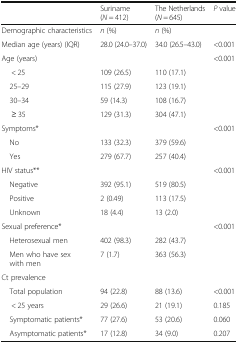
<table><thead><tr><td></td><td><b>Suriname (<i>N</i> = 412)</b></td><td><b>The Netherlands (<i>N</i> = 645)</b></td><td><b><i>P</i> value</b></td></tr></thead><tbody><tr><td>Demographic characteristics</td><td><i>n</i> (%)</td><td><i>n</i> (%)</td><td></td></tr><tr><td>Median age (years) (IQR)</td><td>28.0 (24.0–37.0)</td><td>34.0 (26.5–43.0)</td><td>&lt;0.001</td></tr><tr><td>Age (years)</td><td></td><td></td><td>&lt;0.001</td></tr><tr><td>&lt; 25</td><td>109 (26.5)</td><td>110 (17.1)</td><td></td></tr><tr><td> 25–29</td><td>115 (27.9)</td><td>123 (19.1)</td><td></td></tr><tr><td> 30–34</td><td>59 (14.3)</td><td>108 (16.7)</td><td></td></tr><tr><td>≥ 35</td><td>129 (31.3)</td><td>304 (47.1)</td><td></td></tr><tr><td>Symptoms*</td><td></td><td></td><td>&lt;0.001</td></tr><tr><td> No</td><td>133 (32.3)</td><td>379 (59.6)</td><td></td></tr><tr><td> Yes</td><td>279 (67.7)</td><td>257 (40.4)</td><td></td></tr><tr><td>HIV status**</td><td></td><td></td><td>&lt;0.001</td></tr><tr><td> Negative</td><td>392 (95.1)</td><td>519 (80.5)</td><td></td></tr><tr><td> Positive</td><td>2 (0.49)</td><td>113 (17.5)</td><td></td></tr><tr><td> Unknown</td><td>18 (4.4)</td><td>13 (2.0)</td><td></td></tr><tr><td>Sexual preference*</td><td></td><td></td><td>&lt;0.001</td></tr><tr><td> Heterosexual men</td><td>402 (98.3)</td><td>282 (43.7)</td><td></td></tr><tr><td> Men who have sex with men</td><td>7 (1.7)</td><td>363 (56.3)</td><td></td></tr><tr><td>Ct prevalence</td><td></td><td></td><td></td></tr><tr><td> Total population</td><td>94 (22.8)</td><td>88 (13.6)</td><td>&lt;0.001</td></tr><tr><td>&lt; 25 years</td><td>29 (26.6)</td><td>21 (19.1)</td><td>0.185</td></tr><tr><td> Symptomatic patients*</td><td>77 (27.6)</td><td>53 (20.6)</td><td>0.060</td></tr><tr><td> Asymptomatic patients*</td><td>17 (12.8)</td><td>34 (9.0)</td><td>0.207</td></tr></tbody></table>